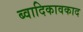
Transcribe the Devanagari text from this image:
ब्वादिकावकाद